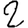
Digit: 2